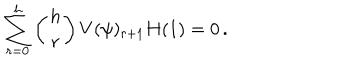
LaTeX: \sum _ { r = 0 } ^ { h } \left( { h \atop r } \right) V ( \psi ) _ { r + 1 } H ( 1 ) = 0 \, .